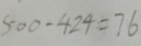
5 0 0 - 4 2 4 = 7 6